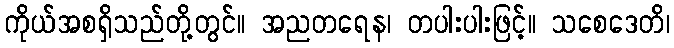
ကိုယ်အစရှိသည်တို့တွင်။ အညတရေန၊ တပါးပါးဖြင့်။ သစေဒေတိ၊